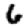
Digit: 6